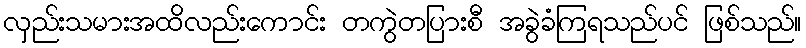
လှည်းသမားအထိလည်းကောင်း တကွဲတပြားစီ အခွဲခံကြရသည်ပင် ဖြစ်သည်။